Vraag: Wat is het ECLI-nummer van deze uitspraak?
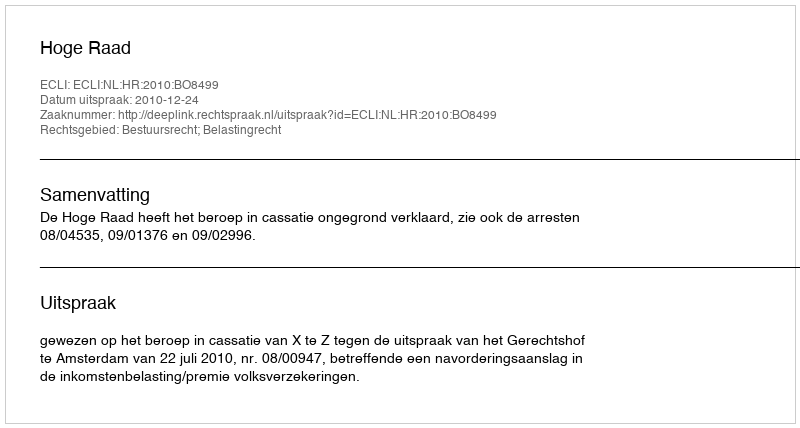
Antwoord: ECLI:NL:HR:2010:BO8499